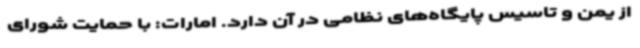
از یمن و تاسیس پایگاه‌های نظامی در آن دارد. امارات: با حمایت شورای